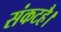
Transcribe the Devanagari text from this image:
संकटहै।